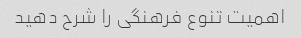
اهمیت تنوع فرهنگی را شرح دهید